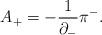
LaTeX: \begin{align*}A_+=-\frac{1}{{\partial}_-}{\pi}^-. \end{align*}